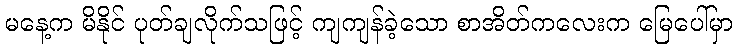
မနေ့က မိနိုင် ပုတ်ချလိုက်သဖြင့် ကျကျန်ခဲ့သော စာအိတ်ကလေးက မြေပေါ်မှာ